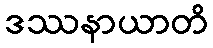
ဒဿနာယာတိ